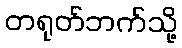
တရုတ်ဘက်သို့